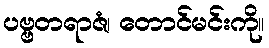
ပဗ္ဗတရာဇံ၊ တောင်မင်းကို။